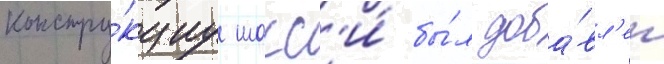
констру́кциу шасс'и́ бы́л доба́вл'ен